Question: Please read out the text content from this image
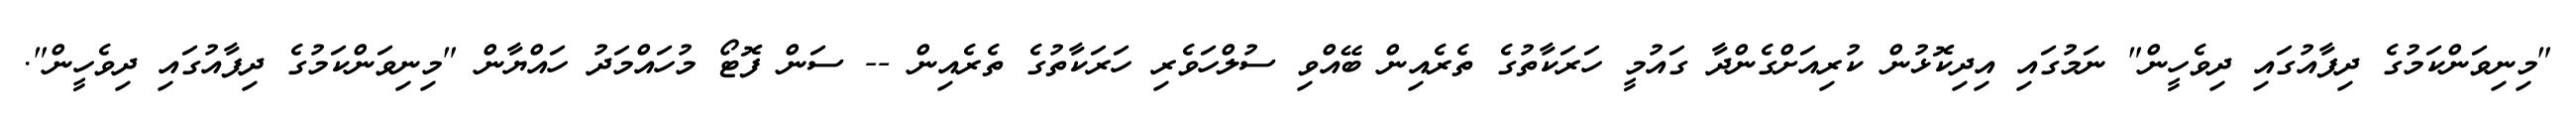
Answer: "މިނިވަންކަމުގެ ދިފާއުގައި ދިވެހީން" ނަމުގައި އިދިކޮޅުން ކުރިއަށްގެންދާ ގައުމީ ހަރަކާތުގެ ތެރެއިން ބޭއްވި ސުލްހަވެރި ހަރަކާތުގެ ތެރެއިން -- ސަން ފޮޓޯ މުހައްމަދު ހައްޔާން "މިނިވަންކަމުގެ ދިފާއުގައި ދިވެހީން".